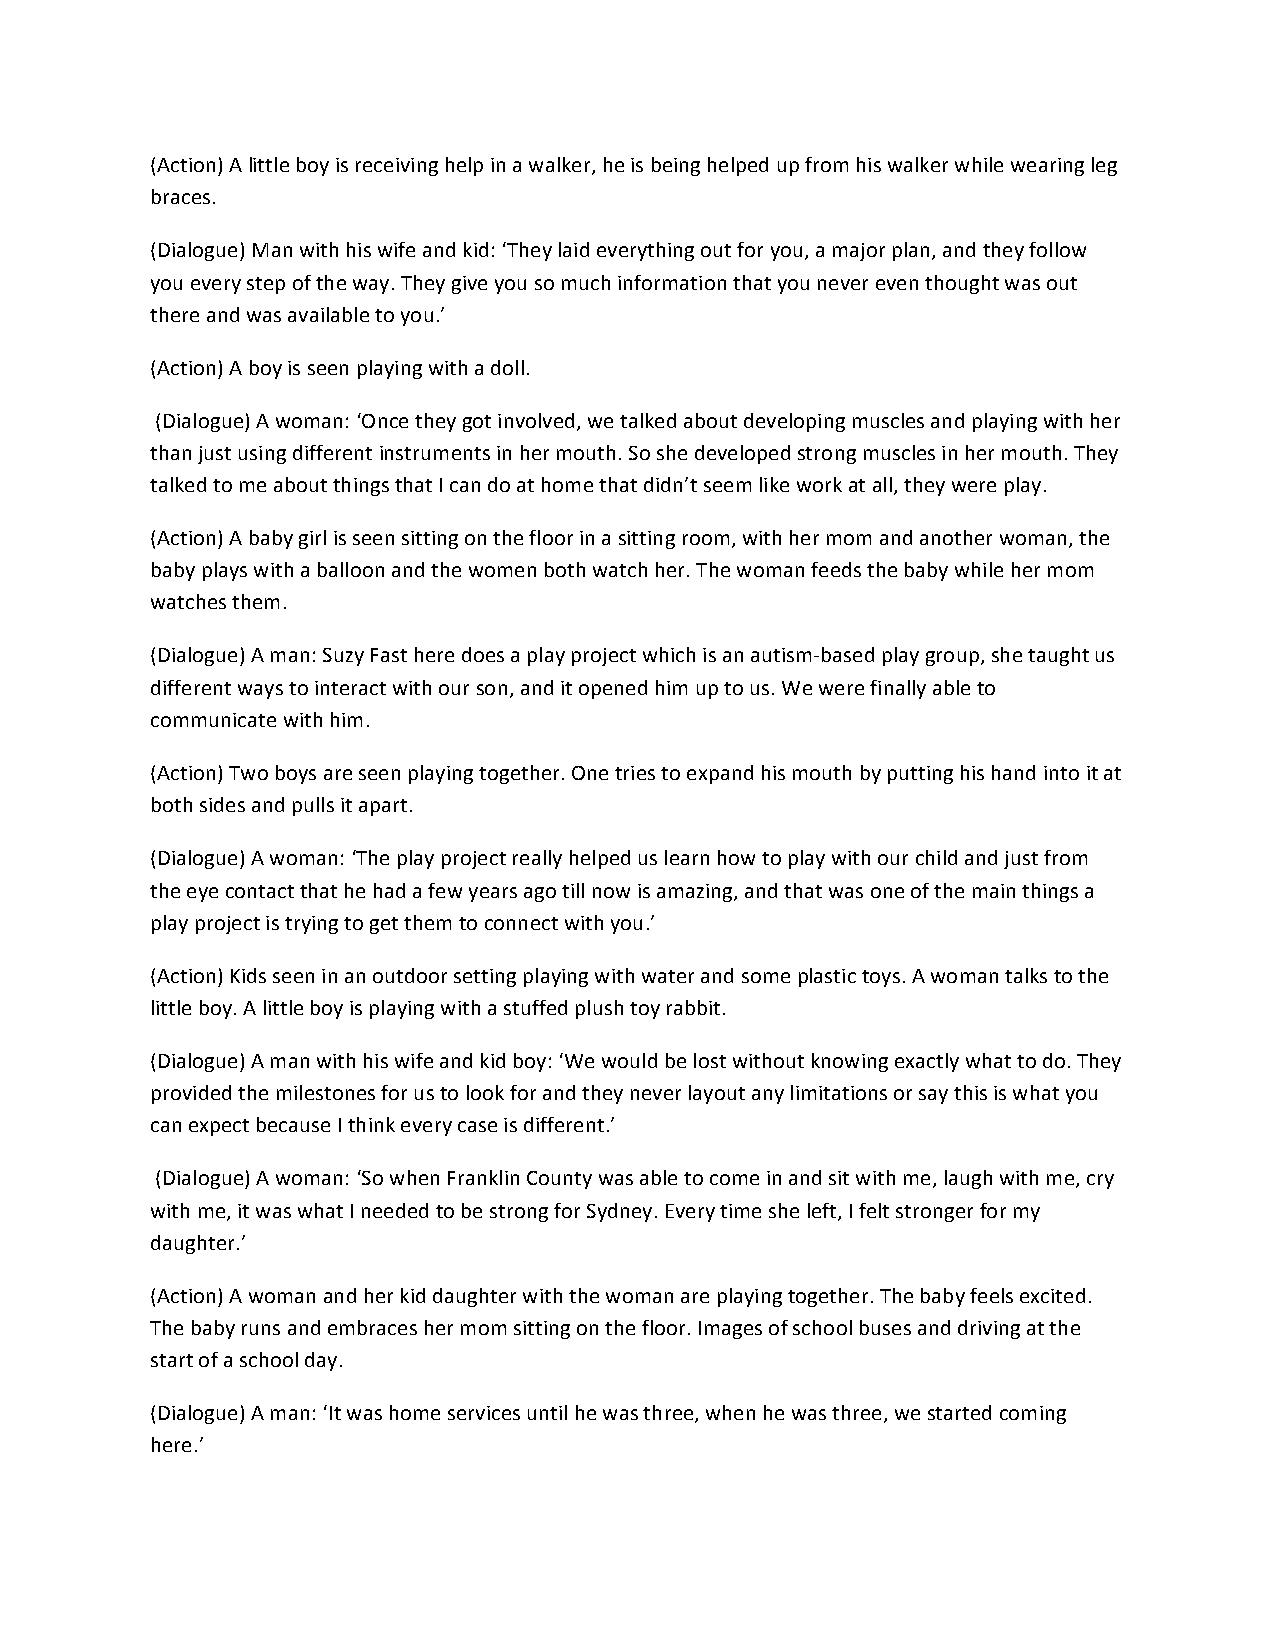
(Action) A little boy is receiving help in a walker, he is being helped up from his walker while wearing leg
 braces.
 (Dialogue) Man with his wife and kid: ‘They laid everything out for you, a major plan, and they follow
 you every step of the way. They give you so much information that you never even thought was out
 there and was available to you.’
 (Action) A boy is seen playing with a doll.
 (Dialogue) A woman: ‘Once they got involved, we talked about developing muscles and playing with her
 than just using different instruments in her mouth. So she developed strong muscles in her mouth. They
 talked to me about things that I can do at home that didn’t seem like work at all, they were play.
 (Action) A baby girl is seen sitting on the floor in a sitting room, with her mom and another woman, the
 baby plays with a balloon and the women both watch her. The woman feeds the baby while her mom
 watches them.
 (Dialogue) A man: Suzy Fast here does a play project which is an autism-based play group, she taught us
 different ways to interact with our son, and it opened him up to us. We were finally able to
 communicate with him.
 (Action) Two boys are seen playing together. One tries to expand his mouth by putting his hand into it at
 both sides and pulls it apart.
 (Dialogue) A woman: ‘The play project really helped us learn how to play with our child and just from
 the eye contact that he had a few years ago till now is amazing, and that was one of the main things a
 play project is trying to get them to connect with you.’
 (Action) Kids seen in an outdoor setting playing with water and some plastic toys. A woman talks to the
 little boy. A little boy is playing with a stuffed plush toy rabbit.
 (Dialogue) A man with his wife and kid boy: ‘We would be lost without knowing exactly what to do. They
 provided the milestones for us to look for and they never layout any limitations or say this is what you
 can expect because I think every case is different.’
 (Dialogue) A woman: ‘So when Franklin County was able to come in and sit with me, laugh with me, cry
 with me, it was what I needed to be strong for Sydney. Every time she left, I felt stronger for my
 daughter.’
 (Action) A woman and her kid daughter with the woman are playing together. The baby feels excited.
 The baby runs and embraces her mom sitting on the floor. Images of school buses and driving at the
 start of a school day.
 (Dialogue) A man: ‘It was home services until he was three, when he was three, we started coming
 here.’